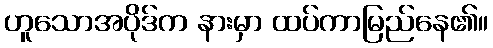
ဟူသောအပိုဒ်က နားမှာ ထပ်ကာမြည်နေ၏။